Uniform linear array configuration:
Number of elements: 48
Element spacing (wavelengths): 0.25
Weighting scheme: blackman
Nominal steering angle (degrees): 15
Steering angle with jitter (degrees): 16.033
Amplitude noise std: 0.05
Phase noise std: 0.05

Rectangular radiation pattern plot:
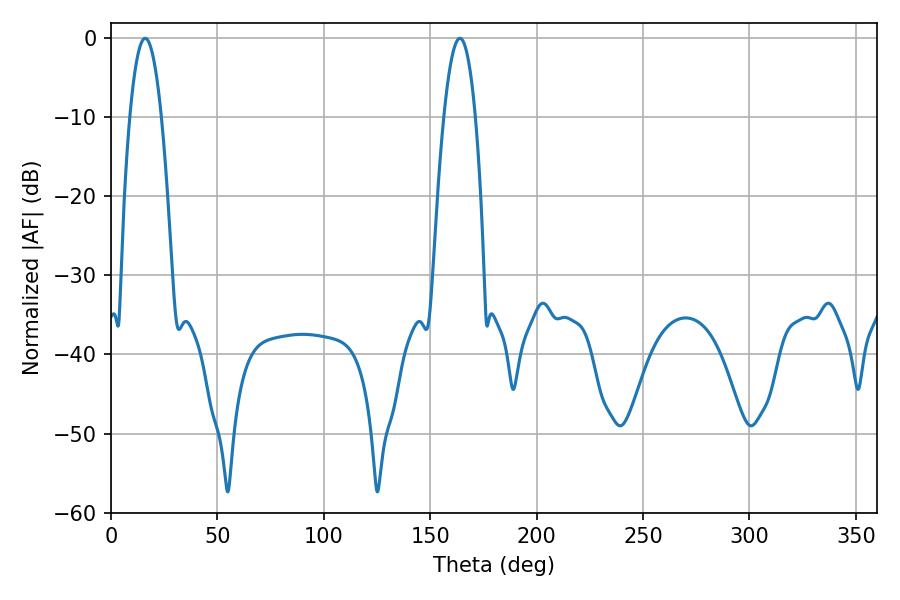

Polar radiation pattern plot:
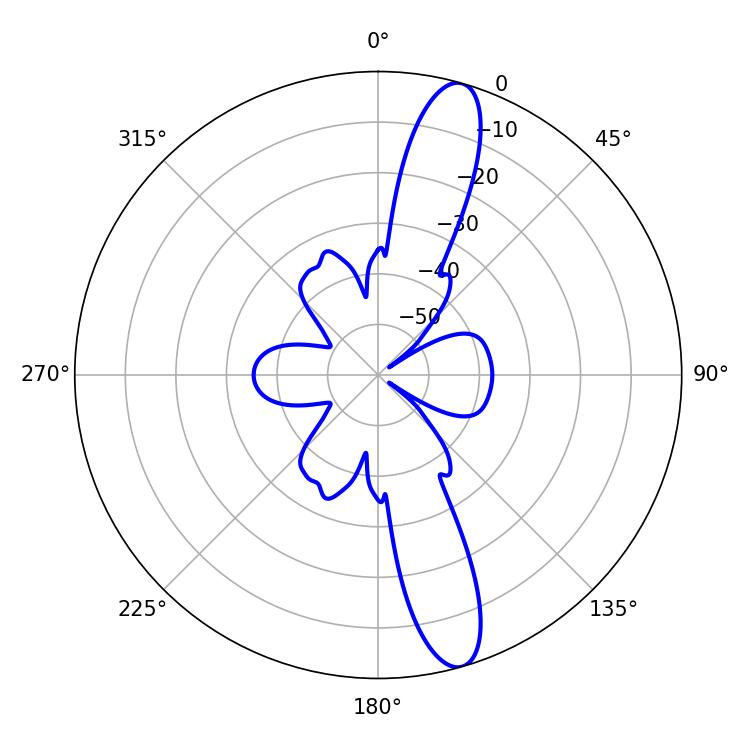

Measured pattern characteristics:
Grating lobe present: FALSE
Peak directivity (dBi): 13.71
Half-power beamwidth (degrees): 8.1
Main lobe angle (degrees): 16.02